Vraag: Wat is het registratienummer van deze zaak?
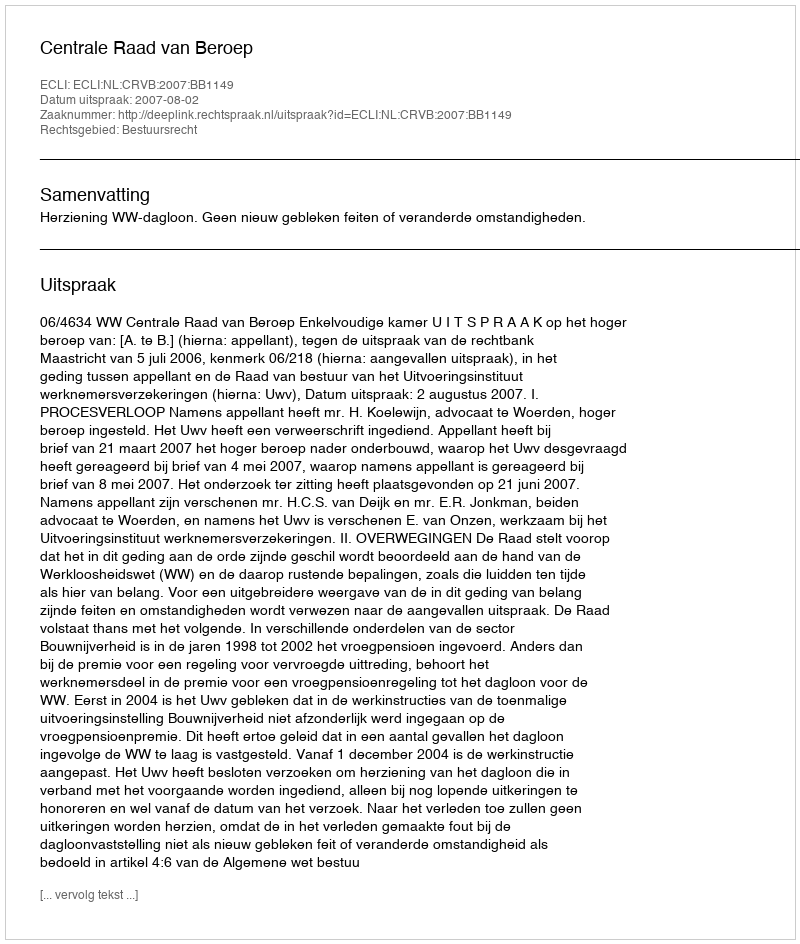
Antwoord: http://deeplink.rechtspraak.nl/uitspraak?id=ECLI:NL:CRVB:2007:BB1149